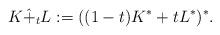
LaTeX: \begin{align*}K\hat{+}_tL:=((1-t)K^*+tL^*)^*.\end{align*}